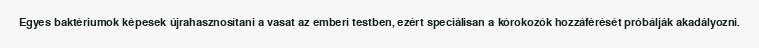
Egyes baktériumok képesek újrahasznosítani a vasat az emberi testben, ezért speciálisan a kórokozók hozzáférését próbálják akadályozni.